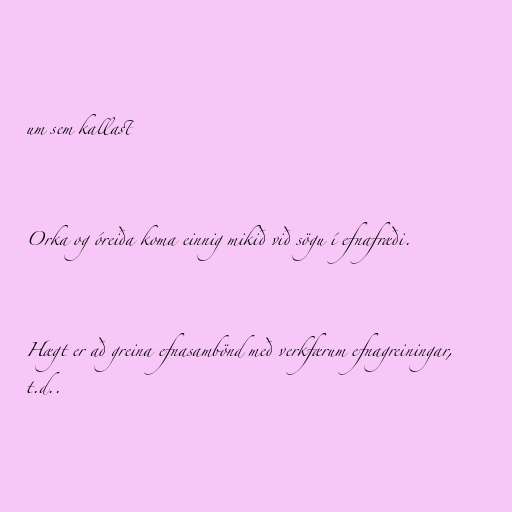
um sem kallast

Orka og óreiða koma einnig mikið við sögu í efnafræði.

Hægt er að greina efnasambönd með verkfærum efnagreiningar,
t.d..